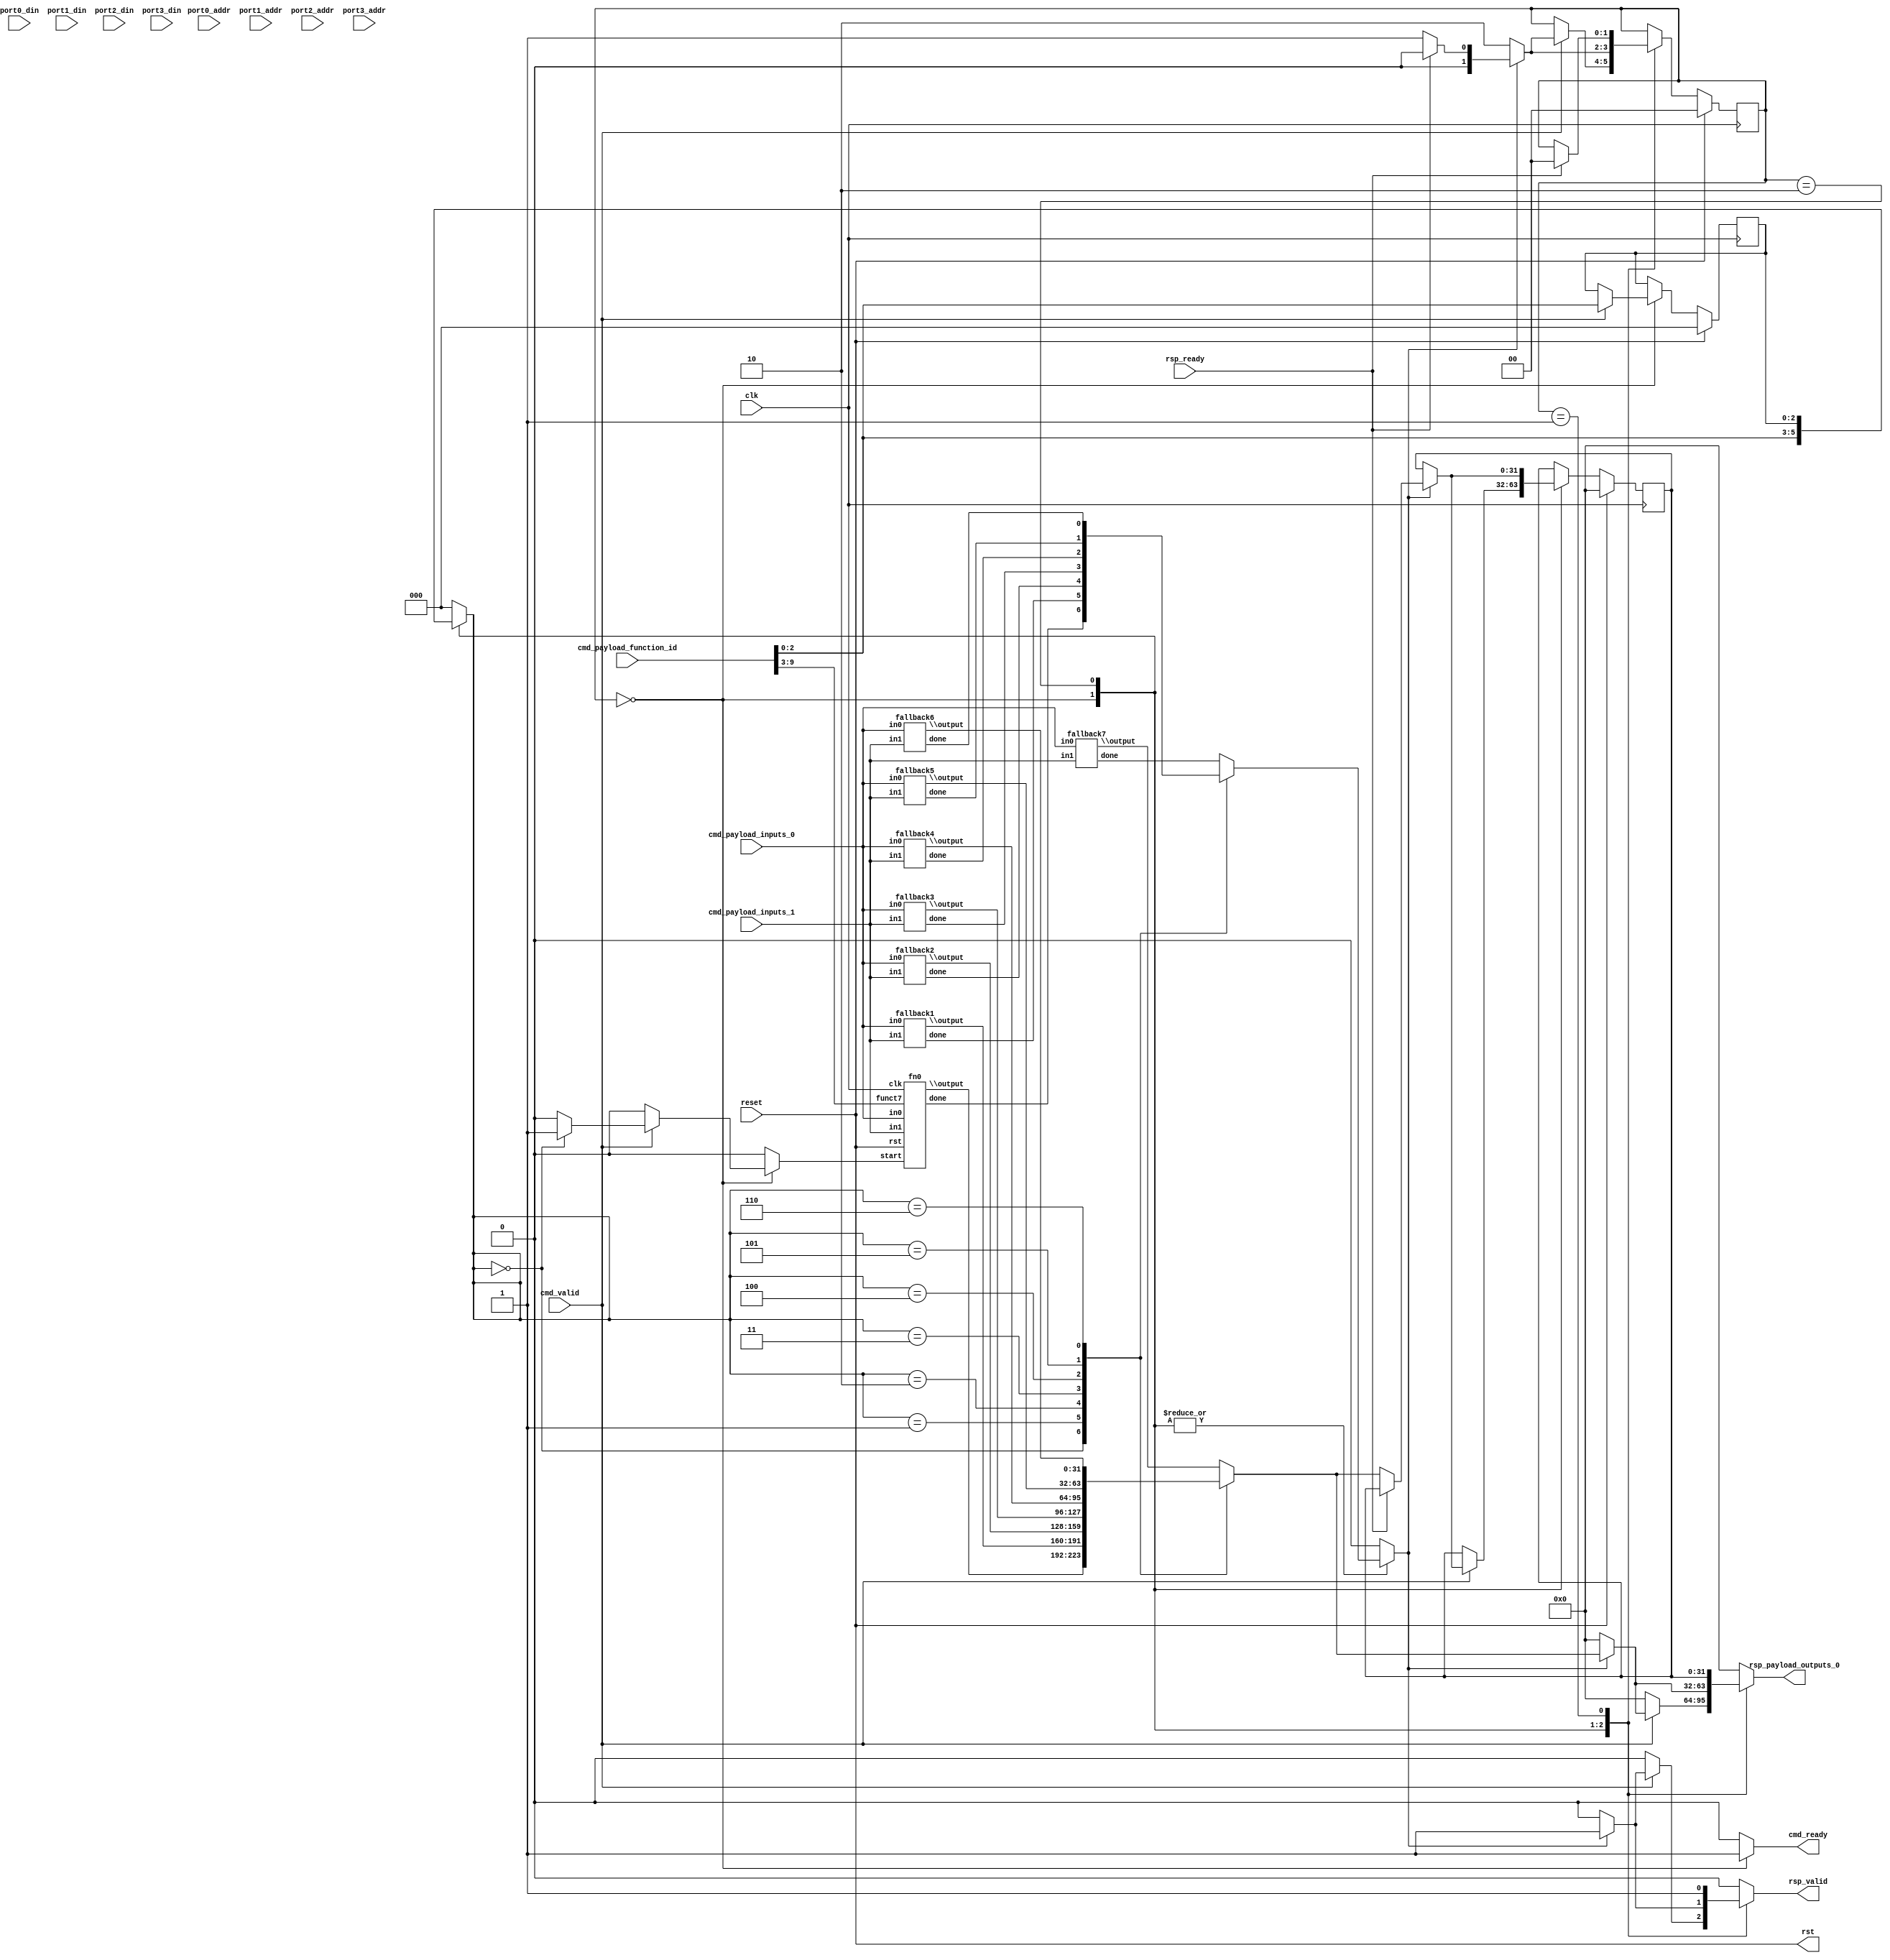
/* Generated by Yosys 0.35+36 (git sha1 c95298225, x86_64-conda-linux-gnu-cc 11.2.0 -fvisibility-inlines-hidden -fmessage-length=0 -march=nocona -mtune=haswell -ftree-vectorize -fPIC -fstack-protector-strong -fno-plt -O2 -ffunction-sections -fdebug-prefix-map=/root/conda-eda/conda-eda/workdir/conda-env/conda-bld/yosys_1700608692468/work=/usr/local/src/conda/yosys-0.35_37_gc95298225 -fdebug-prefix-map=/home/navaneeth/Projects/openmpw/CFU-Playground/env/conda/envs/cfu-symbiflow=/usr/local/src/conda-prefix -fPIC -Os -fno-merge-constants) */

(* \amaranth.hierarchy  = "Cfu" *)
(* top =  1  *)
(* generator = "Amaranth" *)
module Cfu(cmd_ready, cmd_payload_function_id, cmd_payload_inputs_0, cmd_payload_inputs_1, rsp_valid, rsp_ready, rsp_payload_outputs_0, reset, port0_addr, port1_addr, port2_addr, port3_addr, port0_din, port1_din, port2_din, port3_din, clk, rst, cmd_valid);
  reg \$auto$verilog_backend.cc:2189:dump_module$1  = 0;
  (* src = "/home/navaneeth/Projects/openmpw/CFU-Playground/python/amaranth_cfu/cfu.py:250" *)
  wire [31:0] \$signal ;
  (* src = "/home/navaneeth/Projects/openmpw/CFU-Playground/python/amaranth_cfu/cfu.py:251" *)
  wire \$signal$1 ;
  (* src = "/home/navaneeth/Projects/openmpw/CFU-Playground/python/amaranth_cfu/cfu.py:250" *)
  wire [31:0] \$signal$10 ;
  (* src = "/home/navaneeth/Projects/openmpw/CFU-Playground/python/amaranth_cfu/cfu.py:251" *)
  wire \$signal$11 ;
  (* src = "/home/navaneeth/Projects/openmpw/CFU-Playground/python/amaranth_cfu/cfu.py:252" *)
  reg \$signal$13 ;
  (* src = "/home/navaneeth/Projects/openmpw/CFU-Playground/python/amaranth_cfu/cfu.py:250" *)
  wire [31:0] \$signal$14 ;
  (* src = "/home/navaneeth/Projects/openmpw/CFU-Playground/python/amaranth_cfu/cfu.py:251" *)
  wire \$signal$15 ;
  (* src = "/home/navaneeth/Projects/openmpw/CFU-Playground/python/amaranth_cfu/cfu.py:252" *)
  reg \$signal$17 ;
  (* src = "/home/navaneeth/Projects/openmpw/CFU-Playground/python/amaranth_cfu/cfu.py:250" *)
  wire [31:0] \$signal$18 ;
  (* src = "/home/navaneeth/Projects/openmpw/CFU-Playground/python/amaranth_cfu/cfu.py:251" *)
  wire \$signal$19 ;
  (* src = "/home/navaneeth/Projects/openmpw/CFU-Playground/python/amaranth_cfu/cfu.py:252" *)
  reg \$signal$2 ;
  (* src = "/home/navaneeth/Projects/openmpw/CFU-Playground/python/amaranth_cfu/cfu.py:252" *)
  reg \$signal$21 ;
  (* src = "/home/navaneeth/Projects/openmpw/CFU-Playground/python/amaranth_cfu/cfu.py:250" *)
  wire [31:0] \$signal$22 ;
  (* src = "/home/navaneeth/Projects/openmpw/CFU-Playground/python/amaranth_cfu/cfu.py:251" *)
  wire \$signal$23 ;
  (* src = "/home/navaneeth/Projects/openmpw/CFU-Playground/python/amaranth_cfu/cfu.py:252" *)
  reg \$signal$25 ;
  (* src = "/home/navaneeth/Projects/openmpw/CFU-Playground/python/amaranth_cfu/cfu.py:250" *)
  wire [31:0] \$signal$26 ;
  (* src = "/home/navaneeth/Projects/openmpw/CFU-Playground/python/amaranth_cfu/cfu.py:251" *)
  wire \$signal$27 ;
  (* src = "/home/navaneeth/Projects/openmpw/CFU-Playground/python/amaranth_cfu/cfu.py:252" *)
  reg \$signal$29 ;
  (* src = "/home/navaneeth/Projects/openmpw/CFU-Playground/python/amaranth_cfu/cfu.py:250" *)
  wire [31:0] \$signal$3 ;
  (* src = "/home/navaneeth/Projects/openmpw/CFU-Playground/python/amaranth_cfu/cfu.py:251" *)
  wire \$signal$4 ;
  (* src = "/home/navaneeth/Projects/openmpw/CFU-Playground/python/amaranth_cfu/cfu.py:252" *)
  reg \$signal$5 ;
  (* src = "/home/navaneeth/Projects/openmpw/CFU-Playground/python/amaranth_cfu/cfu.py:250" *)
  wire [31:0] \$signal$6 ;
  (* src = "/home/navaneeth/Projects/openmpw/CFU-Playground/python/amaranth_cfu/cfu.py:251" *)
  wire \$signal$7 ;
  (* src = "/home/navaneeth/Projects/openmpw/CFU-Playground/python/amaranth_cfu/cfu.py:252" *)
  reg \$signal$9 ;
  (* src = "/home/navaneeth/Projects/openmpw/CFU-Playground/third_party/python/amaranth/amaranth/hdl/ir.py:527" *)
  input clk;
  wire clk;
  (* src = "/home/navaneeth/Projects/openmpw/CFU-Playground/python/amaranth_cfu/cfu.py:185" *)
  input [9:0] cmd_payload_function_id;
  wire [9:0] cmd_payload_function_id;
  (* src = "/home/navaneeth/Projects/openmpw/CFU-Playground/python/amaranth_cfu/cfu.py:186" *)
  input [31:0] cmd_payload_inputs_0;
  wire [31:0] cmd_payload_inputs_0;
  (* src = "/home/navaneeth/Projects/openmpw/CFU-Playground/python/amaranth_cfu/cfu.py:187" *)
  input [31:0] cmd_payload_inputs_1;
  wire [31:0] cmd_payload_inputs_1;
  (* src = "/home/navaneeth/Projects/openmpw/CFU-Playground/python/amaranth_cfu/cfu.py:183" *)
  output cmd_ready;
  reg cmd_ready;
  (* src = "/home/navaneeth/Projects/openmpw/CFU-Playground/python/amaranth_cfu/cfu.py:182" *)
  input cmd_valid;
  wire cmd_valid;
  (* src = "/home/navaneeth/Projects/openmpw/CFU-Playground/python/amaranth_cfu/cfu.py:246" *)
  reg current_function_done;
  (* src = "/home/navaneeth/Projects/openmpw/CFU-Playground/python/amaranth_cfu/cfu.py:245" *)
  reg [2:0] current_function_id;
  (* src = "/home/navaneeth/Projects/openmpw/CFU-Playground/python/amaranth_cfu/cfu.py:53" *)
  wire fallback1_done;
  (* src = "/home/navaneeth/Projects/openmpw/CFU-Playground/python/amaranth_cfu/cfu.py:48" *)
  wire [31:0] fallback1_in0;
  (* src = "/home/navaneeth/Projects/openmpw/CFU-Playground/python/amaranth_cfu/cfu.py:49" *)
  wire [31:0] fallback1_in1;
  (* src = "/home/navaneeth/Projects/openmpw/CFU-Playground/python/amaranth_cfu/cfu.py:51" *)
  wire [31:0] fallback1_output;
  (* src = "/home/navaneeth/Projects/openmpw/CFU-Playground/python/amaranth_cfu/cfu.py:53" *)
  wire fallback2_done;
  (* src = "/home/navaneeth/Projects/openmpw/CFU-Playground/python/amaranth_cfu/cfu.py:48" *)
  wire [31:0] fallback2_in0;
  (* src = "/home/navaneeth/Projects/openmpw/CFU-Playground/python/amaranth_cfu/cfu.py:49" *)
  wire [31:0] fallback2_in1;
  (* src = "/home/navaneeth/Projects/openmpw/CFU-Playground/python/amaranth_cfu/cfu.py:51" *)
  wire [31:0] fallback2_output;
  (* src = "/home/navaneeth/Projects/openmpw/CFU-Playground/python/amaranth_cfu/cfu.py:53" *)
  wire fallback3_done;
  (* src = "/home/navaneeth/Projects/openmpw/CFU-Playground/python/amaranth_cfu/cfu.py:48" *)
  wire [31:0] fallback3_in0;
  (* src = "/home/navaneeth/Projects/openmpw/CFU-Playground/python/amaranth_cfu/cfu.py:49" *)
  wire [31:0] fallback3_in1;
  (* src = "/home/navaneeth/Projects/openmpw/CFU-Playground/python/amaranth_cfu/cfu.py:51" *)
  wire [31:0] fallback3_output;
  (* src = "/home/navaneeth/Projects/openmpw/CFU-Playground/python/amaranth_cfu/cfu.py:53" *)
  wire fallback4_done;
  (* src = "/home/navaneeth/Projects/openmpw/CFU-Playground/python/amaranth_cfu/cfu.py:48" *)
  wire [31:0] fallback4_in0;
  (* src = "/home/navaneeth/Projects/openmpw/CFU-Playground/python/amaranth_cfu/cfu.py:49" *)
  wire [31:0] fallback4_in1;
  (* src = "/home/navaneeth/Projects/openmpw/CFU-Playground/python/amaranth_cfu/cfu.py:51" *)
  wire [31:0] fallback4_output;
  (* src = "/home/navaneeth/Projects/openmpw/CFU-Playground/python/amaranth_cfu/cfu.py:53" *)
  wire fallback5_done;
  (* src = "/home/navaneeth/Projects/openmpw/CFU-Playground/python/amaranth_cfu/cfu.py:48" *)
  wire [31:0] fallback5_in0;
  (* src = "/home/navaneeth/Projects/openmpw/CFU-Playground/python/amaranth_cfu/cfu.py:49" *)
  wire [31:0] fallback5_in1;
  (* src = "/home/navaneeth/Projects/openmpw/CFU-Playground/python/amaranth_cfu/cfu.py:51" *)
  wire [31:0] fallback5_output;
  (* src = "/home/navaneeth/Projects/openmpw/CFU-Playground/python/amaranth_cfu/cfu.py:53" *)
  wire fallback6_done;
  (* src = "/home/navaneeth/Projects/openmpw/CFU-Playground/python/amaranth_cfu/cfu.py:48" *)
  wire [31:0] fallback6_in0;
  (* src = "/home/navaneeth/Projects/openmpw/CFU-Playground/python/amaranth_cfu/cfu.py:49" *)
  wire [31:0] fallback6_in1;
  (* src = "/home/navaneeth/Projects/openmpw/CFU-Playground/python/amaranth_cfu/cfu.py:51" *)
  wire [31:0] fallback6_output;
  (* src = "/home/navaneeth/Projects/openmpw/CFU-Playground/python/amaranth_cfu/cfu.py:53" *)
  wire fallback7_done;
  (* src = "/home/navaneeth/Projects/openmpw/CFU-Playground/python/amaranth_cfu/cfu.py:48" *)
  wire [31:0] fallback7_in0;
  (* src = "/home/navaneeth/Projects/openmpw/CFU-Playground/python/amaranth_cfu/cfu.py:49" *)
  wire [31:0] fallback7_in1;
  (* src = "/home/navaneeth/Projects/openmpw/CFU-Playground/python/amaranth_cfu/cfu.py:51" *)
  wire [31:0] fallback7_output;
  (* src = "/home/navaneeth/Projects/openmpw/CFU-Playground/python/amaranth_cfu/cfu.py:53" *)
  wire fn0_done;
  (* src = "/home/navaneeth/Projects/openmpw/CFU-Playground/python/amaranth_cfu/cfu.py:50" *)
  wire [6:0] fn0_funct7;
  (* src = "/home/navaneeth/Projects/openmpw/CFU-Playground/python/amaranth_cfu/cfu.py:48" *)
  wire [31:0] fn0_in0;
  (* src = "/home/navaneeth/Projects/openmpw/CFU-Playground/python/amaranth_cfu/cfu.py:49" *)
  wire [31:0] fn0_in1;
  (* src = "/home/navaneeth/Projects/openmpw/CFU-Playground/python/amaranth_cfu/cfu.py:51" *)
  wire [31:0] fn0_output;
  (* src = "/home/navaneeth/Projects/openmpw/CFU-Playground/python/amaranth_cfu/cfu.py:52" *)
  wire fn0_start;
  (* src = "/home/navaneeth/Projects/openmpw/CFU-Playground/python/amaranth_cfu/cfu.py:272" *)
  reg [1:0] fsm_state = 2'h0;
  (* src = "/home/navaneeth/Projects/openmpw/CFU-Playground/python/amaranth_cfu/cfu.py:272" *)
  reg [1:0] \fsm_state$next ;
  (* src = "/home/navaneeth/Projects/openmpw/CFU-Playground/python/amaranth_cfu/cfu.py:238" *)
  wire [2:0] funct3;
  (* src = "/home/navaneeth/Projects/openmpw/CFU-Playground/python/amaranth_cfu/cfu.py:239" *)
  wire [6:0] funct7;
  (* src = "/home/navaneeth/Projects/openmpw/CFU-Playground/python/amaranth_cfu/cfu.py:50" *)
  wire [6:0] \funct7$30 ;
  (* src = "/home/navaneeth/Projects/openmpw/CFU-Playground/python/amaranth_cfu/cfu.py:50" *)
  wire [6:0] \funct7$31 ;
  (* src = "/home/navaneeth/Projects/openmpw/CFU-Playground/python/amaranth_cfu/cfu.py:50" *)
  wire [6:0] \funct7$32 ;
  (* src = "/home/navaneeth/Projects/openmpw/CFU-Playground/python/amaranth_cfu/cfu.py:50" *)
  wire [6:0] \funct7$33 ;
  (* src = "/home/navaneeth/Projects/openmpw/CFU-Playground/python/amaranth_cfu/cfu.py:50" *)
  wire [6:0] \funct7$34 ;
  (* src = "/home/navaneeth/Projects/openmpw/CFU-Playground/python/amaranth_cfu/cfu.py:50" *)
  wire [6:0] \funct7$35 ;
  (* src = "/home/navaneeth/Projects/openmpw/CFU-Playground/python/amaranth_cfu/cfu.py:50" *)
  wire [6:0] \funct7$36 ;
  (* src = "/home/navaneeth/Projects/openmpw/CFU-Playground/python/amaranth_cfu/cfu.py:192" *)
  input [31:0] port0_addr;
  wire [31:0] port0_addr;
  (* src = "/home/navaneeth/Projects/openmpw/CFU-Playground/python/amaranth_cfu/cfu.py:193" *)
  input [31:0] port0_din;
  wire [31:0] port0_din;
  (* src = "/home/navaneeth/Projects/openmpw/CFU-Playground/python/amaranth_cfu/cfu.py:192" *)
  input [31:0] port1_addr;
  wire [31:0] port1_addr;
  (* src = "/home/navaneeth/Projects/openmpw/CFU-Playground/python/amaranth_cfu/cfu.py:193" *)
  input [31:0] port1_din;
  wire [31:0] port1_din;
  (* src = "/home/navaneeth/Projects/openmpw/CFU-Playground/python/amaranth_cfu/cfu.py:192" *)
  input [31:0] port2_addr;
  wire [31:0] port2_addr;
  (* src = "/home/navaneeth/Projects/openmpw/CFU-Playground/python/amaranth_cfu/cfu.py:193" *)
  input [31:0] port2_din;
  wire [31:0] port2_din;
  (* src = "/home/navaneeth/Projects/openmpw/CFU-Playground/python/amaranth_cfu/cfu.py:192" *)
  input [31:0] port3_addr;
  wire [31:0] port3_addr;
  (* src = "/home/navaneeth/Projects/openmpw/CFU-Playground/python/amaranth_cfu/cfu.py:193" *)
  input [31:0] port3_din;
  wire [31:0] port3_din;
  (* src = "/home/navaneeth/Projects/openmpw/CFU-Playground/python/amaranth_cfu/cfu.py:191" *)
  input reset;
  wire reset;
  (* src = "/home/navaneeth/Projects/openmpw/CFU-Playground/python/amaranth_cfu/cfu.py:190" *)
  output [31:0] rsp_payload_outputs_0;
  reg [31:0] rsp_payload_outputs_0;
  (* src = "/home/navaneeth/Projects/openmpw/CFU-Playground/python/amaranth_cfu/cfu.py:189" *)
  input rsp_ready;
  wire rsp_ready;
  (* src = "/home/navaneeth/Projects/openmpw/CFU-Playground/python/amaranth_cfu/cfu.py:188" *)
  output rsp_valid;
  reg rsp_valid;
  (* src = "/home/navaneeth/Projects/openmpw/CFU-Playground/third_party/python/amaranth/amaranth/hdl/ir.py:527" *)
  output rst;
  wire rst;
  (* src = "/home/navaneeth/Projects/openmpw/CFU-Playground/python/amaranth_cfu/cfu.py:52" *)
  wire start;
  (* src = "/home/navaneeth/Projects/openmpw/CFU-Playground/python/amaranth_cfu/cfu.py:52" *)
  wire \start$12 ;
  (* src = "/home/navaneeth/Projects/openmpw/CFU-Playground/python/amaranth_cfu/cfu.py:52" *)
  wire \start$16 ;
  (* src = "/home/navaneeth/Projects/openmpw/CFU-Playground/python/amaranth_cfu/cfu.py:52" *)
  wire \start$20 ;
  (* src = "/home/navaneeth/Projects/openmpw/CFU-Playground/python/amaranth_cfu/cfu.py:52" *)
  wire \start$24 ;
  (* src = "/home/navaneeth/Projects/openmpw/CFU-Playground/python/amaranth_cfu/cfu.py:52" *)
  wire \start$28 ;
  (* src = "/home/navaneeth/Projects/openmpw/CFU-Playground/python/amaranth_cfu/cfu.py:52" *)
  wire \start$8 ;
  (* src = "/home/navaneeth/Projects/openmpw/CFU-Playground/python/amaranth_cfu/cfu.py:244" *)
  reg [2:0] stored_function_id = 3'h0;
  (* src = "/home/navaneeth/Projects/openmpw/CFU-Playground/python/amaranth_cfu/cfu.py:244" *)
  reg [2:0] \stored_function_id$next ;
  (* src = "/home/navaneeth/Projects/openmpw/CFU-Playground/python/amaranth_cfu/cfu.py:247" *)
  reg [31:0] stored_output = 32'd0;
  (* src = "/home/navaneeth/Projects/openmpw/CFU-Playground/python/amaranth_cfu/cfu.py:247" *)
  reg [31:0] \stored_output$next ;
  always @(posedge clk)
    stored_function_id <= \stored_function_id$next ;
  always @(posedge clk)
    fsm_state <= \fsm_state$next ;
  always @(posedge clk)
    stored_output <= \stored_output$next ;
  fallback1 fallback1 (
    .done(fallback1_done),
    .in0(fallback1_in0),
    .in1(fallback1_in1),
    .\output (fallback1_output)
  );
  fallback2 fallback2 (
    .done(fallback2_done),
    .in0(fallback2_in0),
    .in1(fallback2_in1),
    .\output (fallback2_output)
  );
  fallback3 fallback3 (
    .done(fallback3_done),
    .in0(fallback3_in0),
    .in1(fallback3_in1),
    .\output (fallback3_output)
  );
  fallback4 fallback4 (
    .done(fallback4_done),
    .in0(fallback4_in0),
    .in1(fallback4_in1),
    .\output (fallback4_output)
  );
  fallback5 fallback5 (
    .done(fallback5_done),
    .in0(fallback5_in0),
    .in1(fallback5_in1),
    .\output (fallback5_output)
  );
  fallback6 fallback6 (
    .done(fallback6_done),
    .in0(fallback6_in0),
    .in1(fallback6_in1),
    .\output (fallback6_output)
  );
  fallback7 fallback7 (
    .done(fallback7_done),
    .in0(fallback7_in0),
    .in1(fallback7_in1),
    .\output (fallback7_output)
  );
  fn0 fn0 (
    .clk(clk),
    .done(fn0_done),
    .funct7(fn0_funct7),
    .in0(fn0_in0),
    .in1(fn0_in1),
    .\output (fn0_output),
    .rst(rst),
    .start(fn0_start)
  );
  always @* begin
    if (\$auto$verilog_backend.cc:2189:dump_module$1 ) begin end
    current_function_id = 3'h0;
    (* src = "/home/navaneeth/Projects/openmpw/CFU-Playground/python/amaranth_cfu/cfu.py:272" *)
    casez (fsm_state)
      /* \amaranth.decoding  = "WAIT_CMD/0" */
      /* src = "/home/navaneeth/Projects/openmpw/CFU-Playground/python/amaranth_cfu/cfu.py:273" */
      2'h0:
          current_function_id = funct3;
      /* \amaranth.decoding  = "WAIT_INSTRUCTION/2" */
      /* src = "/home/navaneeth/Projects/openmpw/CFU-Playground/python/amaranth_cfu/cfu.py:284" */
      2'h2:
          current_function_id = stored_function_id;
    endcase
  end
  always @* begin
    if (\$auto$verilog_backend.cc:2189:dump_module$1 ) begin end
    current_function_done = 1'h0;
    (* src = "/home/navaneeth/Projects/openmpw/CFU-Playground/python/amaranth_cfu/cfu.py:272" *)
    casez (fsm_state)
      /* \amaranth.decoding  = "WAIT_CMD/0" */
      /* src = "/home/navaneeth/Projects/openmpw/CFU-Playground/python/amaranth_cfu/cfu.py:273" */
      2'h0:
          (* full_case = 32'd1 *)
          (* src = "/home/navaneeth/Projects/openmpw/CFU-Playground/python/amaranth_cfu/cfu.py:277" *)
          casez (current_function_id)
            3'h0:
                current_function_done = \$signal$1 ;
            3'h1:
                current_function_done = \$signal$4 ;
            3'h2:
                current_function_done = \$signal$7 ;
            3'h3:
                current_function_done = \$signal$11 ;
            3'h4:
                current_function_done = \$signal$15 ;
            3'h5:
                current_function_done = \$signal$19 ;
            3'h6:
                current_function_done = \$signal$23 ;
            3'h?:
                current_function_done = \$signal$27 ;
          endcase
      /* \amaranth.decoding  = "WAIT_INSTRUCTION/2" */
      /* src = "/home/navaneeth/Projects/openmpw/CFU-Playground/python/amaranth_cfu/cfu.py:284" */
      2'h2:
          (* full_case = 32'd1 *)
          (* src = "/home/navaneeth/Projects/openmpw/CFU-Playground/python/amaranth_cfu/cfu.py:289" *)
          casez (current_function_id)
            3'h0:
                current_function_done = \$signal$1 ;
            3'h1:
                current_function_done = \$signal$4 ;
            3'h2:
                current_function_done = \$signal$7 ;
            3'h3:
                current_function_done = \$signal$11 ;
            3'h4:
                current_function_done = \$signal$15 ;
            3'h5:
                current_function_done = \$signal$19 ;
            3'h6:
                current_function_done = \$signal$23 ;
            3'h?:
                current_function_done = \$signal$27 ;
          endcase
    endcase
  end
  always @* begin
    if (\$auto$verilog_backend.cc:2189:dump_module$1 ) begin end
    cmd_ready = 1'h0;
    (* src = "/home/navaneeth/Projects/openmpw/CFU-Playground/python/amaranth_cfu/cfu.py:272" *)
    casez (fsm_state)
      /* \amaranth.decoding  = "WAIT_CMD/0" */
      /* src = "/home/navaneeth/Projects/openmpw/CFU-Playground/python/amaranth_cfu/cfu.py:273" */
      2'h0:
          cmd_ready = 1'h1;
    endcase
  end
  always @* begin
    if (\$auto$verilog_backend.cc:2189:dump_module$1 ) begin end
    \stored_function_id$next  = stored_function_id;
    (* src = "/home/navaneeth/Projects/openmpw/CFU-Playground/python/amaranth_cfu/cfu.py:272" *)
    casez (fsm_state)
      /* \amaranth.decoding  = "WAIT_CMD/0" */
      /* src = "/home/navaneeth/Projects/openmpw/CFU-Playground/python/amaranth_cfu/cfu.py:273" */
      2'h0:
          (* src = "/home/navaneeth/Projects/openmpw/CFU-Playground/python/amaranth_cfu/cfu.py:279" *)
          casez (cmd_valid)
            /* src = "/home/navaneeth/Projects/openmpw/CFU-Playground/python/amaranth_cfu/cfu.py:279" */
            1'h1:
                \stored_function_id$next  = cmd_payload_function_id[2:0];
          endcase
    endcase
    (* src = "/home/navaneeth/Projects/openmpw/CFU-Playground/third_party/python/amaranth/amaranth/hdl/xfrm.py:519" *)
    casez (rst)
      1'h1:
          \stored_function_id$next  = 3'h0;
    endcase
  end
  always @* begin
    if (\$auto$verilog_backend.cc:2189:dump_module$1 ) begin end
    \$signal$2  = 1'h0;
    \$signal$5  = 1'h0;
    \$signal$9  = 1'h0;
    \$signal$13  = 1'h0;
    \$signal$17  = 1'h0;
    \$signal$21  = 1'h0;
    \$signal$25  = 1'h0;
    \$signal$29  = 1'h0;
    (* src = "/home/navaneeth/Projects/openmpw/CFU-Playground/python/amaranth_cfu/cfu.py:272" *)
    casez (fsm_state)
      /* \amaranth.decoding  = "WAIT_CMD/0" */
      /* src = "/home/navaneeth/Projects/openmpw/CFU-Playground/python/amaranth_cfu/cfu.py:273" */
      2'h0:
          (* src = "/home/navaneeth/Projects/openmpw/CFU-Playground/python/amaranth_cfu/cfu.py:279" *)
          casez (cmd_valid)
            /* src = "/home/navaneeth/Projects/openmpw/CFU-Playground/python/amaranth_cfu/cfu.py:279" */
            1'h1:
                (* full_case = 32'd1 *)
                (* src = "/home/navaneeth/Projects/openmpw/CFU-Playground/python/amaranth_cfu/cfu.py:282" *)
                casez (current_function_id)
                  3'h0:
                      \$signal$2  = 1'h1;
                  3'h1:
                      \$signal$5  = 1'h1;
                  3'h2:
                      \$signal$9  = 1'h1;
                  3'h3:
                      \$signal$13  = 1'h1;
                  3'h4:
                      \$signal$17  = 1'h1;
                  3'h5:
                      \$signal$21  = 1'h1;
                  3'h6:
                      \$signal$25  = 1'h1;
                  3'h?:
                      \$signal$29  = 1'h1;
                endcase
          endcase
    endcase
  end
  always @* begin
    if (\$auto$verilog_backend.cc:2189:dump_module$1 ) begin end
    rsp_valid = 1'h0;
    (* src = "/home/navaneeth/Projects/openmpw/CFU-Playground/python/amaranth_cfu/cfu.py:272" *)
    casez (fsm_state)
      /* \amaranth.decoding  = "WAIT_CMD/0" */
      /* src = "/home/navaneeth/Projects/openmpw/CFU-Playground/python/amaranth_cfu/cfu.py:273" */
      2'h0:
          (* src = "/home/navaneeth/Projects/openmpw/CFU-Playground/python/amaranth_cfu/cfu.py:279" *)
          casez (cmd_valid)
            /* src = "/home/navaneeth/Projects/openmpw/CFU-Playground/python/amaranth_cfu/cfu.py:279" */
            1'h1:
                (* src = "/home/navaneeth/Projects/openmpw/CFU-Playground/python/amaranth_cfu/cfu.py:259" *)
                casez (current_function_done)
                  /* src = "/home/navaneeth/Projects/openmpw/CFU-Playground/python/amaranth_cfu/cfu.py:259" */
                  1'h1:
                      rsp_valid = 1'h1;
                endcase
          endcase
      /* \amaranth.decoding  = "WAIT_INSTRUCTION/2" */
      /* src = "/home/navaneeth/Projects/openmpw/CFU-Playground/python/amaranth_cfu/cfu.py:284" */
      2'h2:
          (* src = "/home/navaneeth/Projects/openmpw/CFU-Playground/python/amaranth_cfu/cfu.py:259" *)
          casez (current_function_done)
            /* src = "/home/navaneeth/Projects/openmpw/CFU-Playground/python/amaranth_cfu/cfu.py:259" */
            1'h1:
                rsp_valid = 1'h1;
          endcase
      /* \amaranth.decoding  = "WAIT_TRANSFER/1" */
      /* src = "/home/navaneeth/Projects/openmpw/CFU-Playground/python/amaranth_cfu/cfu.py:291" */
      2'h1:
          rsp_valid = 1'h1;
    endcase
  end
  always @* begin
    if (\$auto$verilog_backend.cc:2189:dump_module$1 ) begin end
    rsp_payload_outputs_0 = 32'd0;
    (* src = "/home/navaneeth/Projects/openmpw/CFU-Playground/python/amaranth_cfu/cfu.py:272" *)
    casez (fsm_state)
      /* \amaranth.decoding  = "WAIT_CMD/0" */
      /* src = "/home/navaneeth/Projects/openmpw/CFU-Playground/python/amaranth_cfu/cfu.py:273" */
      2'h0:
          (* src = "/home/navaneeth/Projects/openmpw/CFU-Playground/python/amaranth_cfu/cfu.py:279" *)
          casez (cmd_valid)
            /* src = "/home/navaneeth/Projects/openmpw/CFU-Playground/python/amaranth_cfu/cfu.py:279" */
            1'h1:
                (* src = "/home/navaneeth/Projects/openmpw/CFU-Playground/python/amaranth_cfu/cfu.py:259" *)
                casez (current_function_done)
                  /* src = "/home/navaneeth/Projects/openmpw/CFU-Playground/python/amaranth_cfu/cfu.py:259" */
                  1'h1:
                      (* full_case = 32'd1 *)
                      (* src = "/home/navaneeth/Projects/openmpw/CFU-Playground/python/amaranth_cfu/cfu.py:262" *)
                      casez (current_function_id)
                        3'h0:
                            rsp_payload_outputs_0 = \$signal ;
                        3'h1:
                            rsp_payload_outputs_0 = \$signal$3 ;
                        3'h2:
                            rsp_payload_outputs_0 = \$signal$6 ;
                        3'h3:
                            rsp_payload_outputs_0 = \$signal$10 ;
                        3'h4:
                            rsp_payload_outputs_0 = \$signal$14 ;
                        3'h5:
                            rsp_payload_outputs_0 = \$signal$18 ;
                        3'h6:
                            rsp_payload_outputs_0 = \$signal$22 ;
                        3'h?:
                            rsp_payload_outputs_0 = \$signal$26 ;
                      endcase
                endcase
          endcase
      /* \amaranth.decoding  = "WAIT_INSTRUCTION/2" */
      /* src = "/home/navaneeth/Projects/openmpw/CFU-Playground/python/amaranth_cfu/cfu.py:284" */
      2'h2:
          (* src = "/home/navaneeth/Projects/openmpw/CFU-Playground/python/amaranth_cfu/cfu.py:259" *)
          casez (current_function_done)
            /* src = "/home/navaneeth/Projects/openmpw/CFU-Playground/python/amaranth_cfu/cfu.py:259" */
            1'h1:
                (* full_case = 32'd1 *)
                (* src = "/home/navaneeth/Projects/openmpw/CFU-Playground/python/amaranth_cfu/cfu.py:262" *)
                casez (current_function_id)
                  3'h0:
                      rsp_payload_outputs_0 = \$signal ;
                  3'h1:
                      rsp_payload_outputs_0 = \$signal$3 ;
                  3'h2:
                      rsp_payload_outputs_0 = \$signal$6 ;
                  3'h3:
                      rsp_payload_outputs_0 = \$signal$10 ;
                  3'h4:
                      rsp_payload_outputs_0 = \$signal$14 ;
                  3'h5:
                      rsp_payload_outputs_0 = \$signal$18 ;
                  3'h6:
                      rsp_payload_outputs_0 = \$signal$22 ;
                  3'h?:
                      rsp_payload_outputs_0 = \$signal$26 ;
                endcase
          endcase
      /* \amaranth.decoding  = "WAIT_TRANSFER/1" */
      /* src = "/home/navaneeth/Projects/openmpw/CFU-Playground/python/amaranth_cfu/cfu.py:291" */
      2'h1:
          rsp_payload_outputs_0 = stored_output;
    endcase
  end
  always @* begin
    if (\$auto$verilog_backend.cc:2189:dump_module$1 ) begin end
    \fsm_state$next  = fsm_state;
    (* src = "/home/navaneeth/Projects/openmpw/CFU-Playground/python/amaranth_cfu/cfu.py:272" *)
    casez (fsm_state)
      /* \amaranth.decoding  = "WAIT_CMD/0" */
      /* src = "/home/navaneeth/Projects/openmpw/CFU-Playground/python/amaranth_cfu/cfu.py:273" */
      2'h0:
          (* src = "/home/navaneeth/Projects/openmpw/CFU-Playground/python/amaranth_cfu/cfu.py:279" *)
          casez (cmd_valid)
            /* src = "/home/navaneeth/Projects/openmpw/CFU-Playground/python/amaranth_cfu/cfu.py:279" */
            1'h1:
                (* full_case = 32'd1 *)
                (* src = "/home/navaneeth/Projects/openmpw/CFU-Playground/python/amaranth_cfu/cfu.py:259" *)
                casez (current_function_done)
                  /* src = "/home/navaneeth/Projects/openmpw/CFU-Playground/python/amaranth_cfu/cfu.py:259" */
                  1'h1:
                      (* full_case = 32'd1 *)
                      (* src = "/home/navaneeth/Projects/openmpw/CFU-Playground/python/amaranth_cfu/cfu.py:263" *)
                      casez (rsp_ready)
                        /* src = "/home/navaneeth/Projects/openmpw/CFU-Playground/python/amaranth_cfu/cfu.py:263" */
                        1'h1:
                            \fsm_state$next  = 2'h0;
                        /* src = "/home/navaneeth/Projects/openmpw/CFU-Playground/python/amaranth_cfu/cfu.py:265" */
                        default:
                            \fsm_state$next  = 2'h1;
                      endcase
                  /* src = "/home/navaneeth/Projects/openmpw/CFU-Playground/python/amaranth_cfu/cfu.py:269" */
                  default:
                      \fsm_state$next  = 2'h2;
                endcase
          endcase
      /* \amaranth.decoding  = "WAIT_INSTRUCTION/2" */
      /* src = "/home/navaneeth/Projects/openmpw/CFU-Playground/python/amaranth_cfu/cfu.py:284" */
      2'h2:
          (* full_case = 32'd1 *)
          (* src = "/home/navaneeth/Projects/openmpw/CFU-Playground/python/amaranth_cfu/cfu.py:259" *)
          casez (current_function_done)
            /* src = "/home/navaneeth/Projects/openmpw/CFU-Playground/python/amaranth_cfu/cfu.py:259" */
            1'h1:
                (* full_case = 32'd1 *)
                (* src = "/home/navaneeth/Projects/openmpw/CFU-Playground/python/amaranth_cfu/cfu.py:263" *)
                casez (rsp_ready)
                  /* src = "/home/navaneeth/Projects/openmpw/CFU-Playground/python/amaranth_cfu/cfu.py:263" */
                  1'h1:
                      \fsm_state$next  = 2'h0;
                  /* src = "/home/navaneeth/Projects/openmpw/CFU-Playground/python/amaranth_cfu/cfu.py:265" */
                  default:
                      \fsm_state$next  = 2'h1;
                endcase
            /* src = "/home/navaneeth/Projects/openmpw/CFU-Playground/python/amaranth_cfu/cfu.py:269" */
            default:
                \fsm_state$next  = 2'h2;
          endcase
      /* \amaranth.decoding  = "WAIT_TRANSFER/1" */
      /* src = "/home/navaneeth/Projects/openmpw/CFU-Playground/python/amaranth_cfu/cfu.py:291" */
      2'h1:
          (* src = "/home/navaneeth/Projects/openmpw/CFU-Playground/python/amaranth_cfu/cfu.py:296" *)
          casez (rsp_ready)
            /* src = "/home/navaneeth/Projects/openmpw/CFU-Playground/python/amaranth_cfu/cfu.py:296" */
            1'h1:
                \fsm_state$next  = 2'h0;
          endcase
    endcase
    (* src = "/home/navaneeth/Projects/openmpw/CFU-Playground/third_party/python/amaranth/amaranth/hdl/xfrm.py:519" *)
    casez (rst)
      1'h1:
          \fsm_state$next  = 2'h0;
    endcase
  end
  always @* begin
    if (\$auto$verilog_backend.cc:2189:dump_module$1 ) begin end
    \stored_output$next  = stored_output;
    (* src = "/home/navaneeth/Projects/openmpw/CFU-Playground/python/amaranth_cfu/cfu.py:272" *)
    casez (fsm_state)
      /* \amaranth.decoding  = "WAIT_CMD/0" */
      /* src = "/home/navaneeth/Projects/openmpw/CFU-Playground/python/amaranth_cfu/cfu.py:273" */
      2'h0:
          (* src = "/home/navaneeth/Projects/openmpw/CFU-Playground/python/amaranth_cfu/cfu.py:279" *)
          casez (cmd_valid)
            /* src = "/home/navaneeth/Projects/openmpw/CFU-Playground/python/amaranth_cfu/cfu.py:279" */
            1'h1:
                (* src = "/home/navaneeth/Projects/openmpw/CFU-Playground/python/amaranth_cfu/cfu.py:259" *)
                casez (current_function_done)
                  /* src = "/home/navaneeth/Projects/openmpw/CFU-Playground/python/amaranth_cfu/cfu.py:259" */
                  1'h1:
                      (* full_case = 32'd1 *)
                      (* src = "/home/navaneeth/Projects/openmpw/CFU-Playground/python/amaranth_cfu/cfu.py:263" *)
                      casez (rsp_ready)
                        /* src = "/home/navaneeth/Projects/openmpw/CFU-Playground/python/amaranth_cfu/cfu.py:263" */
                        1'h1:
                            /* empty */;
                        /* src = "/home/navaneeth/Projects/openmpw/CFU-Playground/python/amaranth_cfu/cfu.py:265" */
                        default:
                            (* full_case = 32'd1 *)
                            (* src = "/home/navaneeth/Projects/openmpw/CFU-Playground/python/amaranth_cfu/cfu.py:267" *)
                            casez (current_function_id)
                              3'h0:
                                  \stored_output$next  = \$signal ;
                              3'h1:
                                  \stored_output$next  = \$signal$3 ;
                              3'h2:
                                  \stored_output$next  = \$signal$6 ;
                              3'h3:
                                  \stored_output$next  = \$signal$10 ;
                              3'h4:
                                  \stored_output$next  = \$signal$14 ;
                              3'h5:
                                  \stored_output$next  = \$signal$18 ;
                              3'h6:
                                  \stored_output$next  = \$signal$22 ;
                              3'h?:
                                  \stored_output$next  = \$signal$26 ;
                            endcase
                      endcase
                endcase
          endcase
      /* \amaranth.decoding  = "WAIT_INSTRUCTION/2" */
      /* src = "/home/navaneeth/Projects/openmpw/CFU-Playground/python/amaranth_cfu/cfu.py:284" */
      2'h2:
          (* src = "/home/navaneeth/Projects/openmpw/CFU-Playground/python/amaranth_cfu/cfu.py:259" *)
          casez (current_function_done)
            /* src = "/home/navaneeth/Projects/openmpw/CFU-Playground/python/amaranth_cfu/cfu.py:259" */
            1'h1:
                (* full_case = 32'd1 *)
                (* src = "/home/navaneeth/Projects/openmpw/CFU-Playground/python/amaranth_cfu/cfu.py:263" *)
                casez (rsp_ready)
                  /* src = "/home/navaneeth/Projects/openmpw/CFU-Playground/python/amaranth_cfu/cfu.py:263" */
                  1'h1:
                      /* empty */;
                  /* src = "/home/navaneeth/Projects/openmpw/CFU-Playground/python/amaranth_cfu/cfu.py:265" */
                  default:
                      (* full_case = 32'd1 *)
                      (* src = "/home/navaneeth/Projects/openmpw/CFU-Playground/python/amaranth_cfu/cfu.py:267" *)
                      casez (current_function_id)
                        3'h0:
                            \stored_output$next  = \$signal ;
                        3'h1:
                            \stored_output$next  = \$signal$3 ;
                        3'h2:
                            \stored_output$next  = \$signal$6 ;
                        3'h3:
                            \stored_output$next  = \$signal$10 ;
                        3'h4:
                            \stored_output$next  = \$signal$14 ;
                        3'h5:
                            \stored_output$next  = \$signal$18 ;
                        3'h6:
                            \stored_output$next  = \$signal$22 ;
                        3'h?:
                            \stored_output$next  = \$signal$26 ;
                      endcase
                endcase
          endcase
    endcase
    (* src = "/home/navaneeth/Projects/openmpw/CFU-Playground/third_party/python/amaranth/amaranth/hdl/xfrm.py:519" *)
    casez (rst)
      1'h1:
          \stored_output$next  = 32'd0;
    endcase
  end
  assign rst = reset;
  assign \funct7$36  = funct7;
  assign fallback7_in1 = cmd_payload_inputs_1;
  assign fallback7_in0 = cmd_payload_inputs_0;
  assign \funct7$35  = funct7;
  assign fallback6_in1 = cmd_payload_inputs_1;
  assign fallback6_in0 = cmd_payload_inputs_0;
  assign \funct7$34  = funct7;
  assign fallback5_in1 = cmd_payload_inputs_1;
  assign fallback5_in0 = cmd_payload_inputs_0;
  assign \funct7$33  = funct7;
  assign fallback4_in1 = cmd_payload_inputs_1;
  assign fallback4_in0 = cmd_payload_inputs_0;
  assign \funct7$32  = funct7;
  assign fallback3_in1 = cmd_payload_inputs_1;
  assign fallback3_in0 = cmd_payload_inputs_0;
  assign \funct7$31  = funct7;
  assign fallback2_in1 = cmd_payload_inputs_1;
  assign fallback2_in0 = cmd_payload_inputs_0;
  assign \funct7$30  = funct7;
  assign fallback1_in1 = cmd_payload_inputs_1;
  assign fallback1_in0 = cmd_payload_inputs_0;
  assign fn0_funct7 = funct7;
  assign fn0_in1 = cmd_payload_inputs_1;
  assign fn0_in0 = cmd_payload_inputs_0;
  assign \start$28  = \$signal$29 ;
  assign \$signal$27  = fallback7_done;
  assign \$signal$26  = fallback7_output;
  assign \start$24  = \$signal$25 ;
  assign \$signal$23  = fallback6_done;
  assign \$signal$22  = fallback6_output;
  assign \start$20  = \$signal$21 ;
  assign \$signal$19  = fallback5_done;
  assign \$signal$18  = fallback5_output;
  assign \start$16  = \$signal$17 ;
  assign \$signal$15  = fallback4_done;
  assign \$signal$14  = fallback4_output;
  assign \start$12  = \$signal$13 ;
  assign \$signal$11  = fallback3_done;
  assign \$signal$10  = fallback3_output;
  assign \start$8  = \$signal$9 ;
  assign \$signal$7  = fallback2_done;
  assign \$signal$6  = fallback2_output;
  assign start = \$signal$5 ;
  assign \$signal$4  = fallback1_done;
  assign \$signal$3  = fallback1_output;
  assign fn0_start = \$signal$2 ;
  assign \$signal$1  = fn0_done;
  assign \$signal  = fn0_output;
  assign funct7 = cmd_payload_function_id[9:3];
  assign funct3 = cmd_payload_function_id[2:0];
endmodule

(* \amaranth.hierarchy  = "Cfu.fallback1" *)
(* generator = "Amaranth" *)
module fallback1(done, in0, in1, \output );
  (* src = "/home/navaneeth/Projects/openmpw/CFU-Playground/python/amaranth_cfu/cfu.py:53" *)
  output done;
  wire done;
  (* src = "/home/navaneeth/Projects/openmpw/CFU-Playground/python/amaranth_cfu/cfu.py:48" *)
  input [31:0] in0;
  wire [31:0] in0;
  (* src = "/home/navaneeth/Projects/openmpw/CFU-Playground/python/amaranth_cfu/cfu.py:54" *)
  wire [31:0] in0s;
  (* src = "/home/navaneeth/Projects/openmpw/CFU-Playground/python/amaranth_cfu/cfu.py:49" *)
  input [31:0] in1;
  wire [31:0] in1;
  (* src = "/home/navaneeth/Projects/openmpw/CFU-Playground/python/amaranth_cfu/cfu.py:55" *)
  wire [31:0] in1s;
  (* src = "/home/navaneeth/Projects/openmpw/CFU-Playground/python/amaranth_cfu/cfu.py:51" *)
  output [31:0] \output ;
  wire [31:0] \output ;
  assign in1s = in1;
  assign in0s = in0;
  assign done = 1'h1;
  assign \output  = in0;
endmodule

(* \amaranth.hierarchy  = "Cfu.fallback2" *)
(* generator = "Amaranth" *)
module fallback2(done, in0, in1, \output );
  (* src = "/home/navaneeth/Projects/openmpw/CFU-Playground/python/amaranth_cfu/cfu.py:53" *)
  output done;
  wire done;
  (* src = "/home/navaneeth/Projects/openmpw/CFU-Playground/python/amaranth_cfu/cfu.py:48" *)
  input [31:0] in0;
  wire [31:0] in0;
  (* src = "/home/navaneeth/Projects/openmpw/CFU-Playground/python/amaranth_cfu/cfu.py:54" *)
  wire [31:0] in0s;
  (* src = "/home/navaneeth/Projects/openmpw/CFU-Playground/python/amaranth_cfu/cfu.py:49" *)
  input [31:0] in1;
  wire [31:0] in1;
  (* src = "/home/navaneeth/Projects/openmpw/CFU-Playground/python/amaranth_cfu/cfu.py:55" *)
  wire [31:0] in1s;
  (* src = "/home/navaneeth/Projects/openmpw/CFU-Playground/python/amaranth_cfu/cfu.py:51" *)
  output [31:0] \output ;
  wire [31:0] \output ;
  assign in1s = in1;
  assign in0s = in0;
  assign done = 1'h1;
  assign \output  = in0;
endmodule

(* \amaranth.hierarchy  = "Cfu.fallback3" *)
(* generator = "Amaranth" *)
module fallback3(done, in0, in1, \output );
  (* src = "/home/navaneeth/Projects/openmpw/CFU-Playground/python/amaranth_cfu/cfu.py:53" *)
  output done;
  wire done;
  (* src = "/home/navaneeth/Projects/openmpw/CFU-Playground/python/amaranth_cfu/cfu.py:48" *)
  input [31:0] in0;
  wire [31:0] in0;
  (* src = "/home/navaneeth/Projects/openmpw/CFU-Playground/python/amaranth_cfu/cfu.py:54" *)
  wire [31:0] in0s;
  (* src = "/home/navaneeth/Projects/openmpw/CFU-Playground/python/amaranth_cfu/cfu.py:49" *)
  input [31:0] in1;
  wire [31:0] in1;
  (* src = "/home/navaneeth/Projects/openmpw/CFU-Playground/python/amaranth_cfu/cfu.py:55" *)
  wire [31:0] in1s;
  (* src = "/home/navaneeth/Projects/openmpw/CFU-Playground/python/amaranth_cfu/cfu.py:51" *)
  output [31:0] \output ;
  wire [31:0] \output ;
  assign in1s = in1;
  assign in0s = in0;
  assign done = 1'h1;
  assign \output  = in0;
endmodule

(* \amaranth.hierarchy  = "Cfu.fallback4" *)
(* generator = "Amaranth" *)
module fallback4(done, in0, in1, \output );
  (* src = "/home/navaneeth/Projects/openmpw/CFU-Playground/python/amaranth_cfu/cfu.py:53" *)
  output done;
  wire done;
  (* src = "/home/navaneeth/Projects/openmpw/CFU-Playground/python/amaranth_cfu/cfu.py:48" *)
  input [31:0] in0;
  wire [31:0] in0;
  (* src = "/home/navaneeth/Projects/openmpw/CFU-Playground/python/amaranth_cfu/cfu.py:54" *)
  wire [31:0] in0s;
  (* src = "/home/navaneeth/Projects/openmpw/CFU-Playground/python/amaranth_cfu/cfu.py:49" *)
  input [31:0] in1;
  wire [31:0] in1;
  (* src = "/home/navaneeth/Projects/openmpw/CFU-Playground/python/amaranth_cfu/cfu.py:55" *)
  wire [31:0] in1s;
  (* src = "/home/navaneeth/Projects/openmpw/CFU-Playground/python/amaranth_cfu/cfu.py:51" *)
  output [31:0] \output ;
  wire [31:0] \output ;
  assign in1s = in1;
  assign in0s = in0;
  assign done = 1'h1;
  assign \output  = in0;
endmodule

(* \amaranth.hierarchy  = "Cfu.fallback5" *)
(* generator = "Amaranth" *)
module fallback5(done, in0, in1, \output );
  (* src = "/home/navaneeth/Projects/openmpw/CFU-Playground/python/amaranth_cfu/cfu.py:53" *)
  output done;
  wire done;
  (* src = "/home/navaneeth/Projects/openmpw/CFU-Playground/python/amaranth_cfu/cfu.py:48" *)
  input [31:0] in0;
  wire [31:0] in0;
  (* src = "/home/navaneeth/Projects/openmpw/CFU-Playground/python/amaranth_cfu/cfu.py:54" *)
  wire [31:0] in0s;
  (* src = "/home/navaneeth/Projects/openmpw/CFU-Playground/python/amaranth_cfu/cfu.py:49" *)
  input [31:0] in1;
  wire [31:0] in1;
  (* src = "/home/navaneeth/Projects/openmpw/CFU-Playground/python/amaranth_cfu/cfu.py:55" *)
  wire [31:0] in1s;
  (* src = "/home/navaneeth/Projects/openmpw/CFU-Playground/python/amaranth_cfu/cfu.py:51" *)
  output [31:0] \output ;
  wire [31:0] \output ;
  assign in1s = in1;
  assign in0s = in0;
  assign done = 1'h1;
  assign \output  = in0;
endmodule

(* \amaranth.hierarchy  = "Cfu.fallback6" *)
(* generator = "Amaranth" *)
module fallback6(done, in0, in1, \output );
  (* src = "/home/navaneeth/Projects/openmpw/CFU-Playground/python/amaranth_cfu/cfu.py:53" *)
  output done;
  wire done;
  (* src = "/home/navaneeth/Projects/openmpw/CFU-Playground/python/amaranth_cfu/cfu.py:48" *)
  input [31:0] in0;
  wire [31:0] in0;
  (* src = "/home/navaneeth/Projects/openmpw/CFU-Playground/python/amaranth_cfu/cfu.py:54" *)
  wire [31:0] in0s;
  (* src = "/home/navaneeth/Projects/openmpw/CFU-Playground/python/amaranth_cfu/cfu.py:49" *)
  input [31:0] in1;
  wire [31:0] in1;
  (* src = "/home/navaneeth/Projects/openmpw/CFU-Playground/python/amaranth_cfu/cfu.py:55" *)
  wire [31:0] in1s;
  (* src = "/home/navaneeth/Projects/openmpw/CFU-Playground/python/amaranth_cfu/cfu.py:51" *)
  output [31:0] \output ;
  wire [31:0] \output ;
  assign in1s = in1;
  assign in0s = in0;
  assign done = 1'h1;
  assign \output  = in0;
endmodule

(* \amaranth.hierarchy  = "Cfu.fallback7" *)
(* generator = "Amaranth" *)
module fallback7(done, in0, in1, \output );
  (* src = "/home/navaneeth/Projects/openmpw/CFU-Playground/python/amaranth_cfu/cfu.py:53" *)
  output done;
  wire done;
  (* src = "/home/navaneeth/Projects/openmpw/CFU-Playground/python/amaranth_cfu/cfu.py:48" *)
  input [31:0] in0;
  wire [31:0] in0;
  (* src = "/home/navaneeth/Projects/openmpw/CFU-Playground/python/amaranth_cfu/cfu.py:54" *)
  wire [31:0] in0s;
  (* src = "/home/navaneeth/Projects/openmpw/CFU-Playground/python/amaranth_cfu/cfu.py:49" *)
  input [31:0] in1;
  wire [31:0] in1;
  (* src = "/home/navaneeth/Projects/openmpw/CFU-Playground/python/amaranth_cfu/cfu.py:55" *)
  wire [31:0] in1s;
  (* src = "/home/navaneeth/Projects/openmpw/CFU-Playground/python/amaranth_cfu/cfu.py:51" *)
  output [31:0] \output ;
  wire [31:0] \output ;
  assign in1s = in1;
  assign in0s = in0;
  assign done = 1'h1;
  assign \output  = in0;
endmodule

(* \amaranth.hierarchy  = "Cfu.fn0" *)
(* generator = "Amaranth" *)
module fn0(done, start, in0, in1, funct7, rst, clk, \output );
  reg \$auto$verilog_backend.cc:2189:dump_module$2  = 0;
  (* src = "/home/navaneeth/Projects/openmpw/CFU-Playground/proj/proj_template/cfu.py:61" *)
  wire [17:0] \$1 ;
  (* src = "/home/navaneeth/Projects/openmpw/CFU-Playground/proj/proj_template/cfu.py:61" *)
  wire [17:0] \$10 ;
  (* src = "/home/navaneeth/Projects/openmpw/CFU-Playground/proj/proj_template/cfu.py:61" *)
  wire [17:0] \$13 ;
  (* src = "/home/navaneeth/Projects/openmpw/CFU-Playground/proj/proj_template/cfu.py:61" *)
  wire [9:0] \$14 ;
  (* src = "/home/navaneeth/Projects/openmpw/CFU-Playground/proj/proj_template/cfu.py:61" *)
  wire [17:0] \$16 ;
  (* src = "/home/navaneeth/Projects/openmpw/CFU-Playground/proj/proj_template/cfu.py:61" *)
  wire [17:0] \$19 ;
  (* src = "/home/navaneeth/Projects/openmpw/CFU-Playground/proj/proj_template/cfu.py:61" *)
  wire [9:0] \$2 ;
  (* src = "/home/navaneeth/Projects/openmpw/CFU-Playground/proj/proj_template/cfu.py:61" *)
  wire [9:0] \$20 ;
  (* src = "/home/navaneeth/Projects/openmpw/CFU-Playground/proj/proj_template/cfu.py:61" *)
  wire [17:0] \$22 ;
  (* src = "/home/navaneeth/Projects/openmpw/CFU-Playground/third_party/python/amaranth/amaranth/hdl/dsl.py:437" *)
  wire \$24 ;
  (* src = "/home/navaneeth/Projects/openmpw/CFU-Playground/proj/proj_template/cfu.py:70" *)
  wire [33:0] \$26 ;
  (* src = "/home/navaneeth/Projects/openmpw/CFU-Playground/python/amaranth_cfu/cfu.py:51" *)
  wire [32:0] \$27 ;
  (* src = "/home/navaneeth/Projects/openmpw/CFU-Playground/proj/proj_template/cfu.py:70" *)
  wire [32:0] \$29 ;
  (* src = "/home/navaneeth/Projects/openmpw/CFU-Playground/proj/proj_template/cfu.py:70" *)
  wire [16:0] \$30 ;
  (* src = "/home/navaneeth/Projects/openmpw/CFU-Playground/proj/proj_template/cfu.py:70" *)
  wire [17:0] \$32 ;
  (* src = "/home/navaneeth/Projects/openmpw/CFU-Playground/proj/proj_template/cfu.py:70" *)
  wire [18:0] \$34 ;
  (* src = "/home/navaneeth/Projects/openmpw/CFU-Playground/proj/proj_template/cfu.py:70" *)
  wire [19:0] \$36 ;
  (* src = "/home/navaneeth/Projects/openmpw/CFU-Playground/proj/proj_template/cfu.py:70" *)
  wire [33:0] \$39 ;
  (* src = "/home/navaneeth/Projects/openmpw/CFU-Playground/proj/proj_template/cfu.py:61" *)
  wire [17:0] \$4 ;
  (* src = "/home/navaneeth/Projects/openmpw/CFU-Playground/proj/proj_template/cfu.py:61" *)
  wire [17:0] \$7 ;
  (* src = "/home/navaneeth/Projects/openmpw/CFU-Playground/proj/proj_template/cfu.py:61" *)
  wire [9:0] \$8 ;
  (* src = "/home/navaneeth/Projects/openmpw/CFU-Playground/proj/proj_template/cfu.py:58" *)
  wire [15:0] \$signal ;
  (* src = "/home/navaneeth/Projects/openmpw/CFU-Playground/proj/proj_template/cfu.py:58" *)
  wire [15:0] \$signal$12 ;
  (* src = "/home/navaneeth/Projects/openmpw/CFU-Playground/proj/proj_template/cfu.py:58" *)
  wire [15:0] \$signal$18 ;
  (* src = "/home/navaneeth/Projects/openmpw/CFU-Playground/proj/proj_template/cfu.py:58" *)
  wire [15:0] \$signal$6 ;
  (* src = "/home/navaneeth/Projects/openmpw/CFU-Playground/third_party/python/amaranth/amaranth/hdl/ir.py:527" *)
  input clk;
  wire clk;
  (* src = "/home/navaneeth/Projects/openmpw/CFU-Playground/python/amaranth_cfu/cfu.py:53" *)
  output done;
  reg done = 1'h0;
  (* src = "/home/navaneeth/Projects/openmpw/CFU-Playground/python/amaranth_cfu/cfu.py:53" *)
  reg \done$next ;
  (* src = "/home/navaneeth/Projects/openmpw/CFU-Playground/python/amaranth_cfu/cfu.py:50" *)
  input [6:0] funct7;
  wire [6:0] funct7;
  (* src = "/home/navaneeth/Projects/openmpw/CFU-Playground/python/amaranth_cfu/cfu.py:48" *)
  input [31:0] in0;
  wire [31:0] in0;
  (* src = "/home/navaneeth/Projects/openmpw/CFU-Playground/python/amaranth_cfu/cfu.py:54" *)
  wire [31:0] in0s;
  (* src = "/home/navaneeth/Projects/openmpw/CFU-Playground/python/amaranth_cfu/cfu.py:49" *)
  input [31:0] in1;
  wire [31:0] in1;
  (* src = "/home/navaneeth/Projects/openmpw/CFU-Playground/python/amaranth_cfu/cfu.py:55" *)
  wire [31:0] in1s;
  (* src = "/home/navaneeth/Projects/openmpw/CFU-Playground/python/amaranth_cfu/cfu.py:51" *)
  output [31:0] \output ;
  reg [31:0] \output  = 32'd0;
  (* src = "/home/navaneeth/Projects/openmpw/CFU-Playground/python/amaranth_cfu/cfu.py:51" *)
  reg [31:0] \output$next ;
  (* src = "/home/navaneeth/Projects/openmpw/CFU-Playground/third_party/python/amaranth/amaranth/hdl/ir.py:527" *)
  input rst;
  wire rst;
  (* src = "/home/navaneeth/Projects/openmpw/CFU-Playground/python/amaranth_cfu/cfu.py:52" *)
  input start;
  wire start;
  assign \$10  = $signed(\$8 ) * (* src = "/home/navaneeth/Projects/openmpw/CFU-Playground/proj/proj_template/cfu.py:61" *) $signed(in1[15:8]);
  assign \$14  = $signed(in0[23:16]) + (* src = "/home/navaneeth/Projects/openmpw/CFU-Playground/proj/proj_template/cfu.py:61" *) $signed(9'h080);
  assign \$16  = $signed(\$14 ) * (* src = "/home/navaneeth/Projects/openmpw/CFU-Playground/proj/proj_template/cfu.py:61" *) $signed(in1[23:16]);
  assign \$20  = $signed(in0[31:24]) + (* src = "/home/navaneeth/Projects/openmpw/CFU-Playground/proj/proj_template/cfu.py:61" *) $signed(9'h080);
  assign \$22  = $signed(\$20 ) * (* src = "/home/navaneeth/Projects/openmpw/CFU-Playground/proj/proj_template/cfu.py:61" *) $signed(in1[31:24]);
  assign \$24  = | (* src = "/home/navaneeth/Projects/openmpw/CFU-Playground/third_party/python/amaranth/amaranth/hdl/dsl.py:437" *) funct7;
  assign \$27  = + (* src = "/home/navaneeth/Projects/openmpw/CFU-Playground/python/amaranth_cfu/cfu.py:51" *) \output ;
  assign \$2  = $signed(in0[7:0]) + (* src = "/home/navaneeth/Projects/openmpw/CFU-Playground/proj/proj_template/cfu.py:61" *) $signed(9'h080);
  assign \$30  = $signed(16'h0000) + (* src = "/home/navaneeth/Projects/openmpw/CFU-Playground/proj/proj_template/cfu.py:70" *) $signed(\$signal );
  assign \$32  = $signed(\$30 ) + (* src = "/home/navaneeth/Projects/openmpw/CFU-Playground/proj/proj_template/cfu.py:70" *) $signed(\$signal$6 );
  assign \$34  = $signed(\$32 ) + (* src = "/home/navaneeth/Projects/openmpw/CFU-Playground/proj/proj_template/cfu.py:70" *) $signed(\$signal$12 );
  assign \$36  = $signed(\$34 ) + (* src = "/home/navaneeth/Projects/openmpw/CFU-Playground/proj/proj_template/cfu.py:70" *) $signed(\$signal$18 );
  assign \$29  = + (* src = "/home/navaneeth/Projects/openmpw/CFU-Playground/proj/proj_template/cfu.py:70" *) $signed(\$36 );
  assign \$39  = $signed(\$27 ) + (* src = "/home/navaneeth/Projects/openmpw/CFU-Playground/proj/proj_template/cfu.py:70" *) $signed(\$29 );
  always @(posedge clk)
    done <= \done$next ;
  always @(posedge clk)
    \output  <= \output$next ;
  assign \$4  = $signed(\$2 ) * (* src = "/home/navaneeth/Projects/openmpw/CFU-Playground/proj/proj_template/cfu.py:61" *) $signed(in1[7:0]);
  assign \$8  = $signed(in0[15:8]) + (* src = "/home/navaneeth/Projects/openmpw/CFU-Playground/proj/proj_template/cfu.py:61" *) $signed(9'h080);
  always @* begin
    if (\$auto$verilog_backend.cc:2189:dump_module$2 ) begin end
    \done$next  = 1'h0;
    (* src = "/home/navaneeth/Projects/openmpw/CFU-Playground/proj/proj_template/cfu.py:65" *)
    casez (start)
      /* src = "/home/navaneeth/Projects/openmpw/CFU-Playground/proj/proj_template/cfu.py:65" */
      1'h1:
          \done$next  = 1'h1;
    endcase
    (* src = "/home/navaneeth/Projects/openmpw/CFU-Playground/third_party/python/amaranth/amaranth/hdl/xfrm.py:519" *)
    casez (rst)
      1'h1:
          \done$next  = 1'h0;
    endcase
  end
  always @* begin
    if (\$auto$verilog_backend.cc:2189:dump_module$2 ) begin end
    \output$next  = \output ;
    (* src = "/home/navaneeth/Projects/openmpw/CFU-Playground/proj/proj_template/cfu.py:65" *)
    casez (start)
      /* src = "/home/navaneeth/Projects/openmpw/CFU-Playground/proj/proj_template/cfu.py:65" */
      1'h1:
          (* full_case = 32'd1 *)
          (* src = "/home/navaneeth/Projects/openmpw/CFU-Playground/proj/proj_template/cfu.py:66" *)
          casez (\$24 )
            /* src = "/home/navaneeth/Projects/openmpw/CFU-Playground/proj/proj_template/cfu.py:66" */
            1'h1:
                \output$next  = 32'd0;
            /* src = "/home/navaneeth/Projects/openmpw/CFU-Playground/proj/proj_template/cfu.py:68" */
            default:
                \output$next  = \$39 [31:0];
          endcase
    endcase
    (* src = "/home/navaneeth/Projects/openmpw/CFU-Playground/third_party/python/amaranth/amaranth/hdl/xfrm.py:519" *)
    casez (rst)
      1'h1:
          \output$next  = 32'd0;
    endcase
  end
  assign \$1  = \$4 ;
  assign \$7  = \$10 ;
  assign \$13  = \$16 ;
  assign \$19  = \$22 ;
  assign \$26  = \$39 ;
  assign in1s = in1;
  assign in0s = in0;
  assign \$signal$18  = \$22 [15:0];
  assign \$signal$12  = \$16 [15:0];
  assign \$signal$6  = \$10 [15:0];
  assign \$signal  = \$4 [15:0];
endmodule